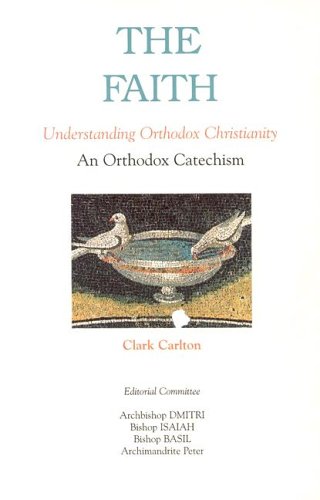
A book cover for The Faith: Understanding Orthodox Christianity; Clark Carlton; Christian Books & Bibles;